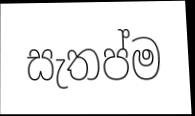
සැතප්ම